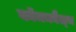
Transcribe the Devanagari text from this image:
कॉमनवैल्‍थ